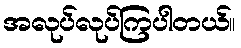
အလုပ်လုပ်ကြပါတယ်။